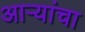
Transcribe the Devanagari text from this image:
आऱ्यांचा